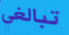
تبالغي